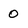
Character: 0